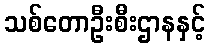
သစ်တောဦးစီးဌာနနှင့်